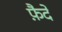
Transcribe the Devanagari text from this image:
फ़ैदे